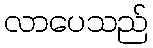
လာပေသည်